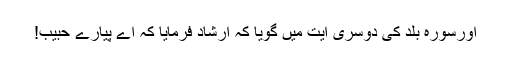
اورسورۂ بلد کی دوسری آیت میں گویا کہ ارشاد فرمایا کہ اے پیارے حبیب!